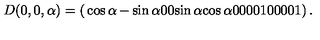
D ( 0 , 0 , \alpha ) = \left( \begin{matrix} { \cos \alpha } & { - \sin \alpha } & { 0 } & { 0 } \\ { \sin \alpha } & { \cos \alpha } & { 0 } & { 0 } \\ { 0 } & { 0 } & { 1 } & { 0 } \\ { 0 } & { 0 } & { 0 } & { 1 } \\ \end{matrix} \right) .